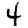
Digit: 4